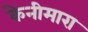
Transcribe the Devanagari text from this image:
केनीमारा